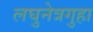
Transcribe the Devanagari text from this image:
लघुनेत्रगुहा